Jarvakandi_vallavalitsus, lk 5
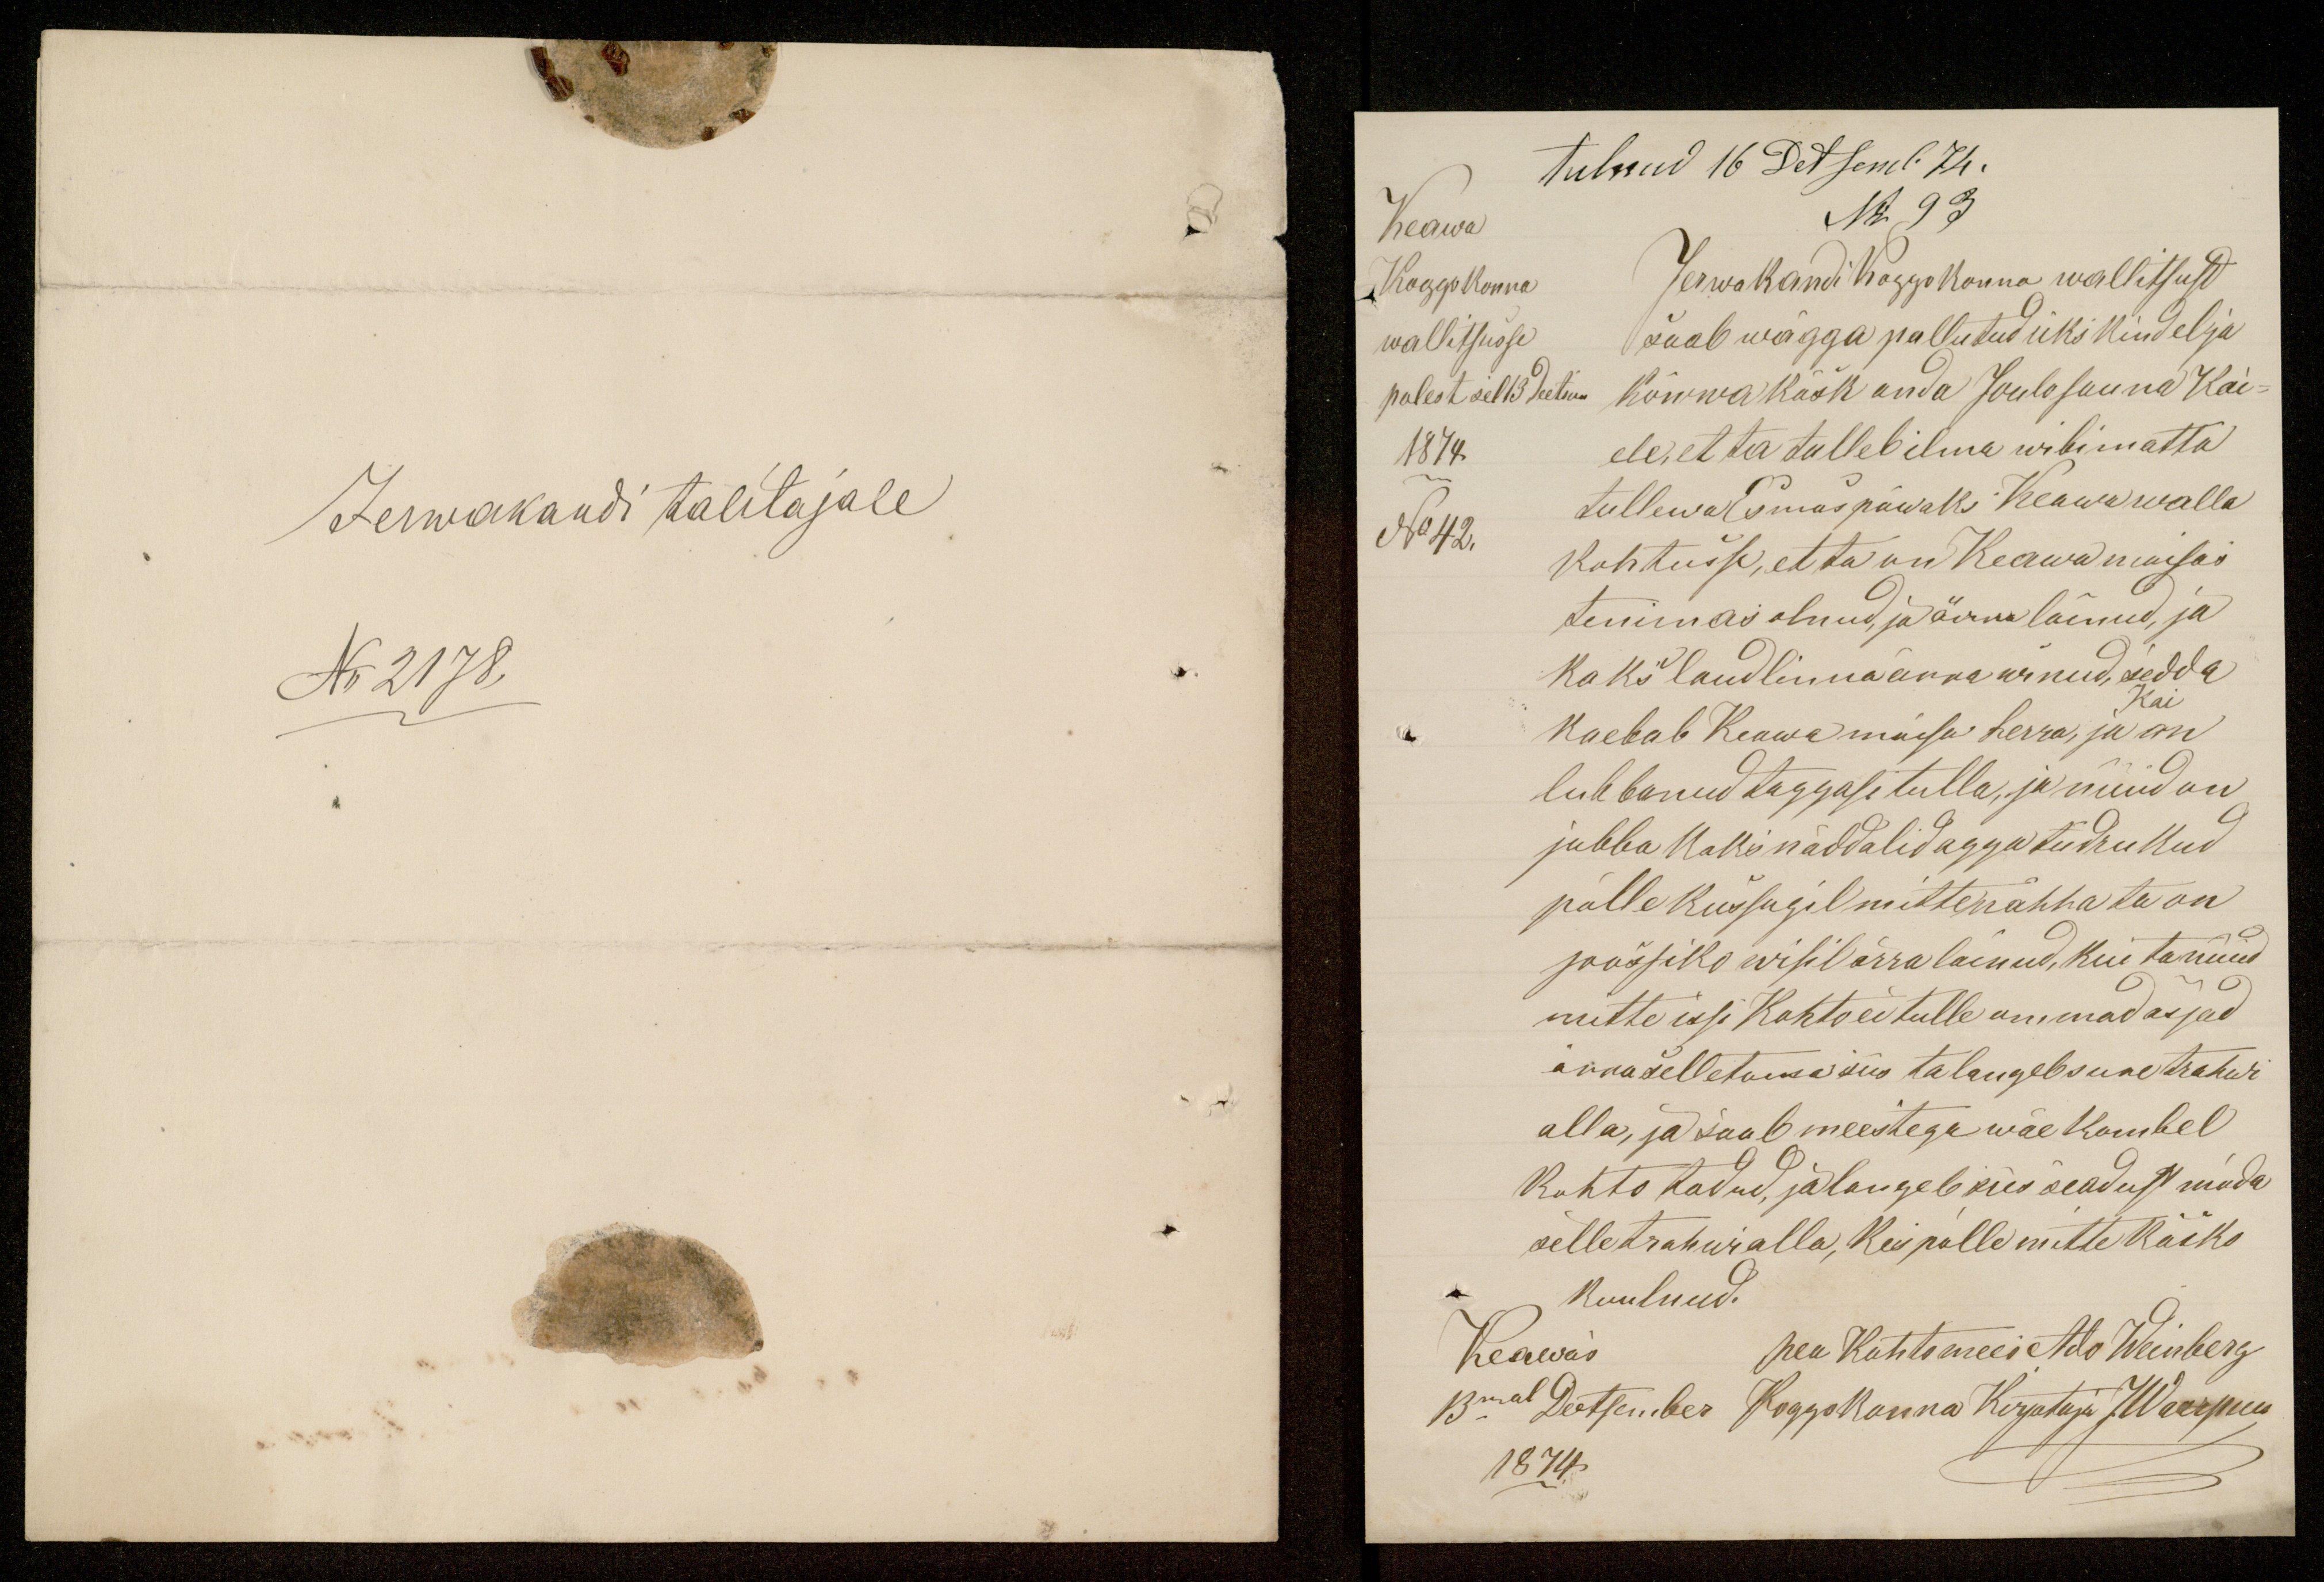
Keawa
Koggokonna
wallitsusse
polest sel 13 Peetro.
1874
No 42.

tulnud 16 Detsemb 74.
No 93
Jerwakandi koggokonna walitsust
saab wägga pallutud üks kindel ja
kõwwa käsk anda Juulosuuna Kai-
ele, et ta tulleb ilma wibimatta
tullewa Esmaspäwaks Keawa walla
kohtusse, et ta on Keawa moisas
tenimas olnud, ja ärra läinud, ja
kaks laudlinna ärra winud, sedda
Kai
kaebab Keawa mõisa herra, ja on
lubbanud taggasi tulla, ja nüüd on
jubba kaks näddalid tagga tüdrukud
polle kussagil mitte nähha ta on
jooksis wisil ärra läinud, kui ta nüüd
mitte issi Kohto ei tulle ommad asjad
ärra selletama siis ta langeb sure trahwi
alla, ja saab meestega wäe kombel
Kohto todud, ja langeb, siis seadust mida
selle trahwi alla, kes polle mitte käsko
kuulnud.
Keawas
pea Kohtomees Ado Weinberg
13mal Detsember Koggokonna Kirjutaja JWarpus
1874

Jerwakandi talitajale
No 2178,